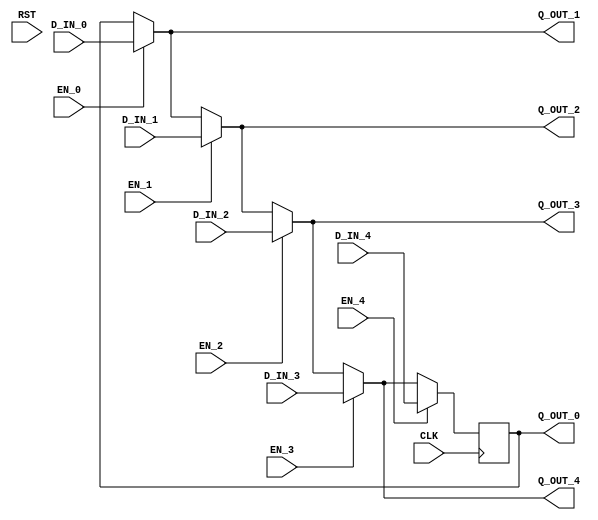

`ifdef BSV_ASSIGNMENT_DELAY
`else
  `define BSV_ASSIGNMENT_DELAY
`endif


module CRegUN5
         (CLK,
          RST,

	  // port 0 read
          Q_OUT_0,
	  // port 0 write
          EN_0, D_IN_0,

          // port 1 read
          Q_OUT_1,
	  // port 1 write
          EN_1, D_IN_1,

          // port 2 read
          Q_OUT_2,
	  // port 2 write
          EN_2, D_IN_2,

          // port 3 read
          Q_OUT_3,
	  // port 3 write
          EN_3, D_IN_3,

          // port 4 read
          Q_OUT_4,
	  // port 4 write
          EN_4, D_IN_4
         );

   parameter width = 1 ;
   parameter init  = { width {1'b0} } ;

   input  CLK ;
   input  RST ;

   output [width - 1 : 0]  Q_OUT_0 ;
   input                   EN_0 ;
   input  [width - 1 : 0]  D_IN_0 ;

   output [width - 1 : 0]  Q_OUT_1 ;
   input                   EN_1 ;
   input  [width - 1 : 0]  D_IN_1 ;

   output [width - 1 : 0]  Q_OUT_2 ;
   input                   EN_2 ;
   input  [width - 1 : 0]  D_IN_2 ;

   output [width - 1 : 0]  Q_OUT_3 ;
   input                   EN_3 ;
   input  [width - 1 : 0]  D_IN_3 ;

   output [width - 1 : 0]  Q_OUT_4 ;
   input                   EN_4 ;
   input  [width - 1 : 0]  D_IN_4 ;

   reg    [width - 1 : 0]  Q_OUT_0 ;
   wire   [width - 1 : 0]  Q_OUT_1 ;
   wire   [width - 1 : 0]  Q_OUT_2 ;
   wire   [width - 1 : 0]  Q_OUT_3 ;
   wire   [width - 1 : 0]  Q_OUT_4 ;
   wire   [width - 1 : 0]  Q_OUT_5 ;
   
   assign Q_OUT_1 = EN_0 ? D_IN_0 : Q_OUT_0 ;
   assign Q_OUT_2 = EN_1 ? D_IN_1 : Q_OUT_1 ;
   assign Q_OUT_3 = EN_2 ? D_IN_2 : Q_OUT_2 ;
   assign Q_OUT_4 = EN_3 ? D_IN_3 : Q_OUT_3 ;
   assign Q_OUT_5 = EN_4 ? D_IN_4 : Q_OUT_4 ;
   
   always@(posedge CLK)
     begin
        Q_OUT_0 <= `BSV_ASSIGNMENT_DELAY Q_OUT_5 ;
     end

`ifdef BSV_NO_INITIAL_BLOCKS
`else // not BSV_NO_INITIAL_BLOCKS
   // synopsys translate_off
   initial begin
      Q_OUT_0 = {((width + 1)/2){2'b10}} ;
   end
   // synopsys translate_on
`endif // BSV_NO_INITIAL_BLOCKS

endmodule